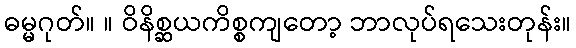
ဓမ္မဂုတ်။ ။ ဝိနိစ္ဆယကိစ္စကျတော့ ဘာလုပ်ရသေးတုန်း။